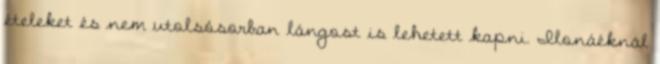
ételeket és nem utolsósorban lángost is lehetett kapni. Ilonáéknál